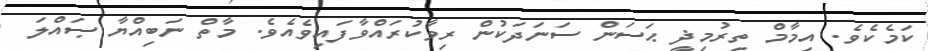
ކަމެކެވެ. އިމާމް ތިރުމިޛީ ޙަސަން ސަނަދަކުން ރިވާކުރައްވާފައިވެއެވެ. މާތް ނަބިއްޔާ ޞައްލަ